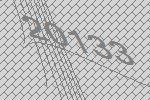
20133